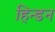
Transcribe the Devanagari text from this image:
हिन्‍डन